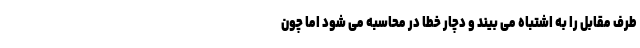
طرف مقابل را به اشتباه می بیند و دچار خطا در محاسبه می شود اما چون